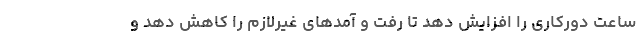
ساعت دورکاری را افزایش دهد تا رفت و آمدهای غیرلازم را کاهش دهد و